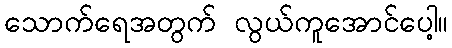
သောက်ရေအတွက် လွယ်ကူအောင်ပေါ့။